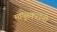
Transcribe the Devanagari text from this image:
मापुस्करांनी